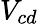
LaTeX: V_{cd}